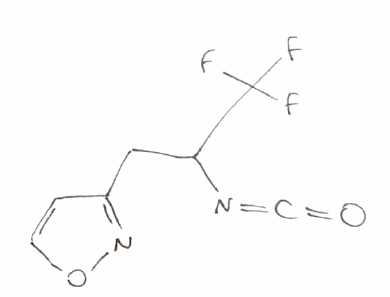
Simplified molecular-input line-entry system (SMILES) notation of the given molecule:
C1=CON=C1CC(C(F)(F)F)N=C=O